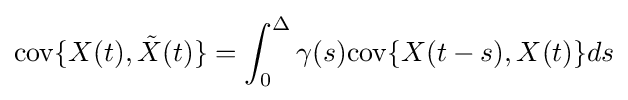
\mathrm {cov} \{X(t),{\tilde {X}}(t)\}=\int _{0}^{\Delta }\gamma (s)\mathrm {cov} \{X(t-s),X(t)\}ds